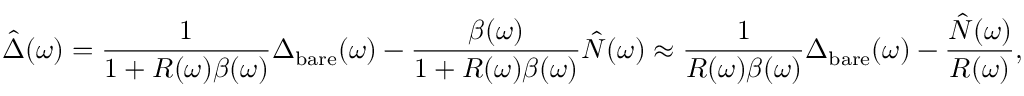
\hat { \Delta } ( \omega ) = \frac { 1 } { 1 + R ( \omega ) \beta ( \omega ) } \Delta _ { \mathrm { b a r e } } ( \omega ) - \frac { \beta ( \omega ) } { 1 + R ( \omega ) \beta ( \omega ) } \hat { N } ( \omega ) \approx \frac { 1 } { R ( \omega ) \beta ( \omega ) } \Delta _ { \mathrm { b a r e } } ( \omega ) - \frac { \hat { N } ( \omega ) } { R ( \omega ) } ,